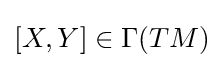
[X,Y]\in \Gamma (TM)